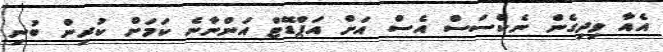
އެއާ ވިދިގެން ނެކްސަސް އެސް އަށް އަޕްޑޭޓް އަންނާނެ ކަމަށް ކުރިން ބުނި